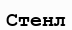
Стенл